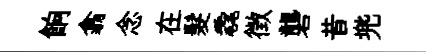
餉翕念在髮毳徴礱昔兠